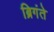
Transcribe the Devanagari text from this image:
ब्रिगंते